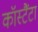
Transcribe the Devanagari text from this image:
कॉस्टैंटा